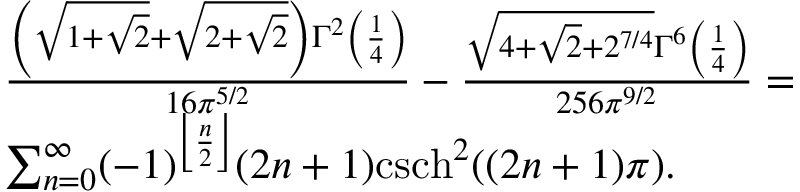
\begin{array} { r l } & { \frac { \left( \sqrt { 1 + \sqrt { 2 } } + \sqrt { 2 + \sqrt { 2 } } \right) \Gamma ^ { 2 } \left( \frac { 1 } { 4 } \right) } { 1 6 \pi ^ { 5 / 2 } } - \frac { \sqrt { 4 + \sqrt { 2 } + 2 ^ { 7 / 4 } } \Gamma ^ { 6 } \left( \frac { 1 } { 4 } \right) } { 2 5 6 \pi ^ { 9 / 2 } } = } \\ & { \sum _ { n = 0 } ^ { \infty } ( - 1 ) ^ { \left\lfloor \frac { n } { 2 } \right\rfloor } ( 2 n + 1 ) \mathrm { c s c h } ^ { 2 } ( ( 2 n + 1 ) \pi ) . } \end{array}